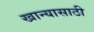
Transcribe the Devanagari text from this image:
खान्यासाठी